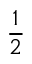
\displaystyle { \frac { 1 } { 2 } }